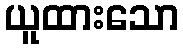
ယူထားသော